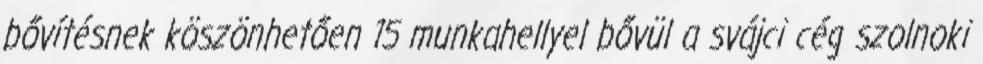
bővítésnek köszönhetően 15 munkahellyel bővül a svájci cég szolnoki